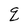
Character: q